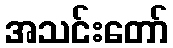
အသင်းတော်